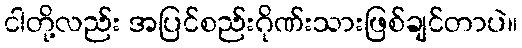
ငါတို့လည်း အပြင်စည်းဂိုဏ်းသားဖြစ်ချင်တာပဲ။